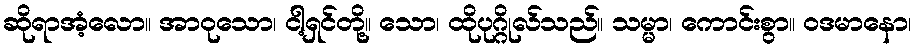
ဆိုရာအံ့လော။ အာဝုသော၊ ငါ့ရှင်တို့။ သော၊ ထိုပုဂ္ဂိုလ်သည်။ သမ္မာ၊ ကောင်းစွာ။ ဝဒမာနော၊